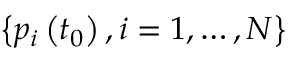
\left\{ p _ { i } \left( t _ { 0 } \right) , i = 1 , \ldots , N \right\}